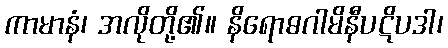
ကာမာနံ၊ အလိုတို့၏။ နိရောဓဂါမိနီပဋိပဒါ၊